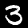
Digit: 3